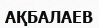
АҚБАЛАЕВ